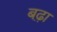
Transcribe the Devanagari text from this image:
बढ़़ा